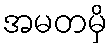
အမတမှိ